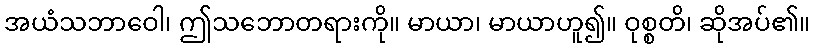
အယံသဘာဝေါ၊ ဤသဘောတရားကို။ မာယာ၊ မာယာဟူ၍။ ဝုစ္စတိ၊ ဆိုအပ်၏။